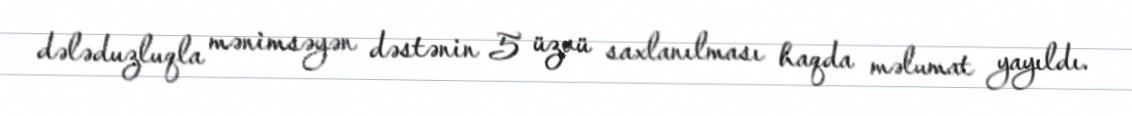
dələduzluqla mənimsəyən dəstənin 5 üzvü saxlanılması haqda məlumat yayıldı.